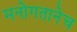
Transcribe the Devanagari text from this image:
मनोगतानेच